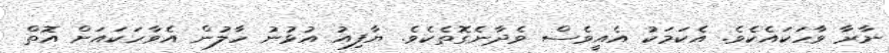
ނާރާ ވާހަކައެކެވެ. އެކަމަކު އެއީވެސް ވެދާނެގޮތެކެވެ. ޔާފިއު އުޅުނު ހާލުން އެވާހަކައަށް އޮތް